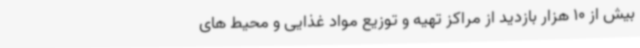
بیش از 10 هزار بازدید از مراکز تهیه و توزیع مواد غذایی و محیط های